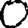
Digit: 0